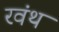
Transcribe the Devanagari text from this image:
रवंथ